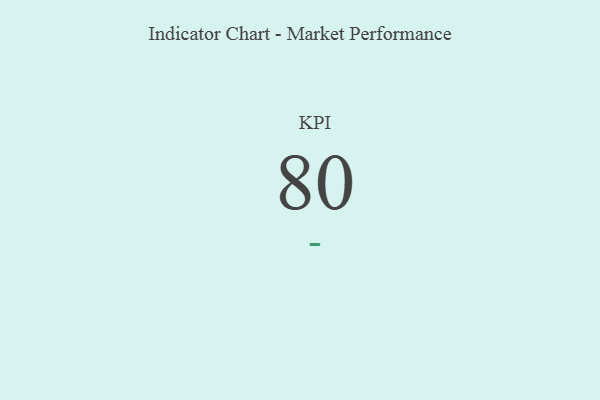
{"axis": {"x": "KPI", "y": "Value"}, "legend": [""], "data": [{"x": "KPI", "y": 80, "type": ""}]}